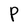
Character: P